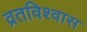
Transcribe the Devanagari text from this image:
व्रतविश्वास